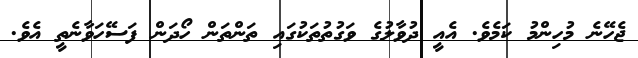
ޖެހޭނެ މުހިންމު ކަމެވެ. އެއީ ދުވާލުގެ ވަގުތުތަކުގައި ތަންތަން ހޯދަން ފަސޭހަވާނެތީ އެވެ.